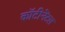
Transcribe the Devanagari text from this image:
कॉटीनेंटल